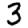
Digit: 3